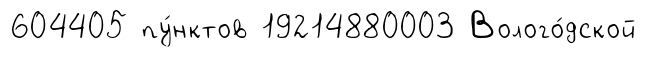
604405 пу́нктов 19214880003 Волого́дской